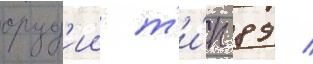
оруд'ии т'и́п 89 /